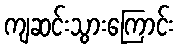
ကျဆင်းသွားကြောင်း